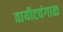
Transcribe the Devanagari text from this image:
वायीटवंगाळ